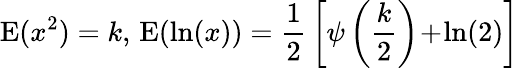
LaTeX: \operatorname{E}(x^{2})=k,\, \operatorname{E}(\ln(x))={\frac{1}{2}}\left[\psi\left({\frac{k}{2}}\right)\! +\! \ln(2)\right]